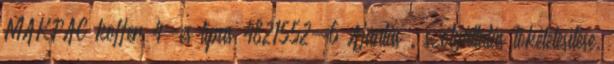
MAKPAC koffer 4-es típus 4821552-6 Ajánlás . szolgáltatás tökéletesítése.